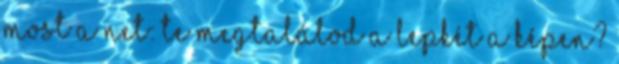
most a net: te megtalálod a lepkét a képen?